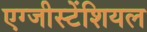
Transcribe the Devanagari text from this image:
एग्जीस्टेंशियल